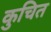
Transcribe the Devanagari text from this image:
कुचित